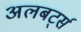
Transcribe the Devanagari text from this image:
अलबर्ट्स